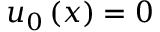
u _ { 0 } \left( x \right) = 0